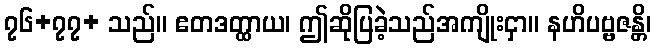
၇၆+၇၇+ သည်။ ဧတဒတ္ထာယ၊ ဤဆိုပြခဲ့သည်အကျိုးငှာ။ နဟိပဗ္ဗဇန္တိ၊